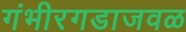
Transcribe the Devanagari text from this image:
गंभीरगडाजवळ